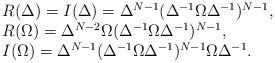
\begin{align*}\begin{array}{l}R(\Delta )= I(\Delta )=\Delta^{N-1} (\Delta^{-1} \Omega \Delta^{-1} )^{N-1}, \\R(\Omega )=\Delta^{N-2} \Omega (\Delta^{-1} \Omega \Delta^{-1} )^{N-1}, \\I(\Omega )= \Delta^{N-1} (\Delta^{-1} \Omega \Delta^{-1} )^{N-1} \Omega\Delta^{-1}.\end{array}\end{align*}